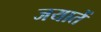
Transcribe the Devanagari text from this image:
जयातें